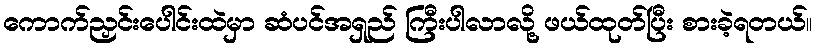
ကောက်ညှင်းပေါင်းထဲမှာ ဆံပင်အရှည် ကြီးပါလာလို့ ဖယ်ထုတ်ပြီး စားခဲ့ရတယ်။